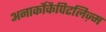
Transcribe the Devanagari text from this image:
अनार्कोकैपिटलिज़्म